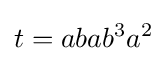
t=abab^{3}a^{2}